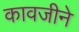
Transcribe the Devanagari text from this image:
कावजीने